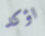
اؤكد